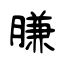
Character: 膁